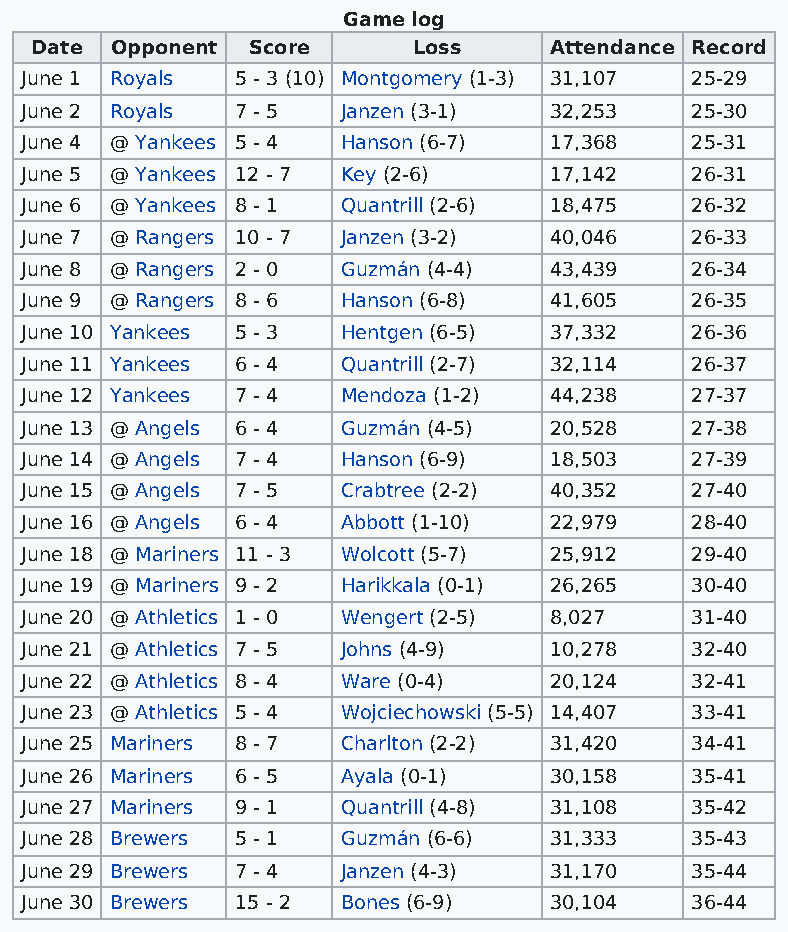
Game log
 Date Opponent Score      Loss     Attendance Record
 June 1 Royals  5 - 3 (10) Montgomery (1-3) 31,107 25-29
 June 2 Royals  7 - 5  Janzen (3-1) 32,253    25-30
 June 4 @ Yankees 5 - 4 Hanson (6-7) 17,368   25-31
 June 5 @ Yankees 12 - 7 Key (2-6)  17,142    26-31
 June 6 @ Yankees 8 - 1 Quantrill (2-6) 18,475 26-32
 June 7 @ Rangers 10 - 7 Janzen (3-2) 40,046  26-33
 June 8 @ Rangers 2 - 0 Guzmán (4-4) 43,439   26-34
 June 9 @ Rangers 8 - 6 Hanson (6-8) 41,605   26-35
 June 10 Yankees 5 - 3 Hentgen (6-5) 37,332   26-36
 June 11 Yankees 6 - 4 Quantrill (2-7) 32,114 26-37
 June 12 Yankees 7 - 4 Mendoza (1-2) 44,238   27-37
 June 13 @ Angels 6 - 4 Guzmán (4-5) 20,528   27-38
 June 14 @ Angels 7 - 4 Hanson (6-9) 18,503   27-39
 June 15 @ Angels 7 - 5 Crabtree (2-2) 40,352 27-40
 June 16 @ Angels 6 - 4 Abbott (1-10) 22,979  28-40
 June 18 @ Mariners 11 - 3 Wolcott (5-7) 25,912 29-40
 June 19 @ Mariners 9 - 2 Harikkala (0-1) 26,265 30-40
 June 20 @ Athletics 1 - 0 Wengert (2-5) 8,027 31-40
 June 21 @ Athletics 7 - 5 Johns (4-9) 10,278 32-40
 June 22 @ Athletics 8 - 4 Ware (0-4) 20,124  32-41
 June 23 @ Athletics 5 - 4 Wojciechowski (5-5) 14,407 33-41
 June 25 Mariners 8 - 7 Charlton (2-2) 31,420 34-41
 June 26 Mariners 6 - 5 Ayala (0-1) 30,158    35-41
 June 27 Mariners 9 - 1 Quantrill (4-8) 31,108 35-42
 June 28 Brewers 5 - 1 Guzmán (6-6) 31,333    35-43
 June 29 Brewers 7 - 4 Janzen (4-3) 31,170    35-44
 June 30 Brewers 15 - 2 Bones (6-9) 30,104    36-44